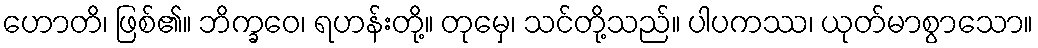
ဟောတိ၊ ဖြစ်၏။ ဘိက္ခဝေ၊ ရဟန်းတို့။ တုမှေ၊ သင်တို့သည်။ ပါပကဿ၊ ယုတ်မာစွာသော။